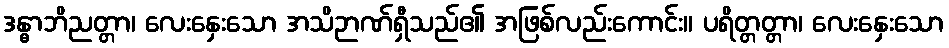
ဒန္ဓာဘိညတ္တာ၊ လေးနှေးသော အသိဉာဏ်ရှီသည်၏ အဖြစ်လည်းကောင်း။ ပရိတ္တတ္တာ၊ လေးနှေးသော